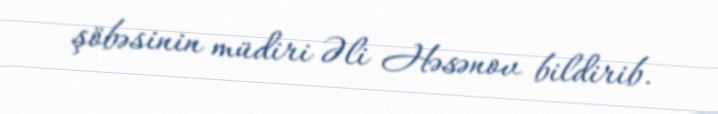
şöbəsinin müdiri Əli Həsənov bildirib.